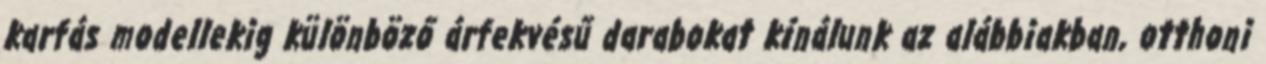
karfás modellekig különböző árfekvésű darabokat kínálunk az alábbiakban, otthoni